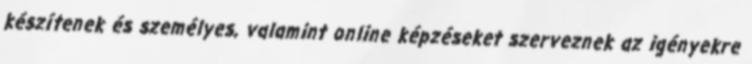
készítenek és személyes, valamint online képzéseket szerveznek az igényekre